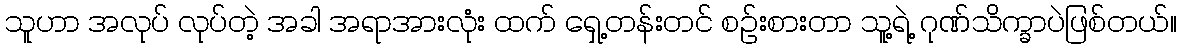
သူဟာ အလုပ် လုပ်တဲ့ အခါ အရာအားလုံး ထက် ရှေ့တန်းတင် စဉ်းစားတာ သူ့ရဲ့ ဂုဏ်သိက္ခာပဲဖြစ်တယ်။